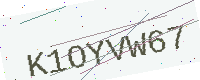
Text: K1OYVW67